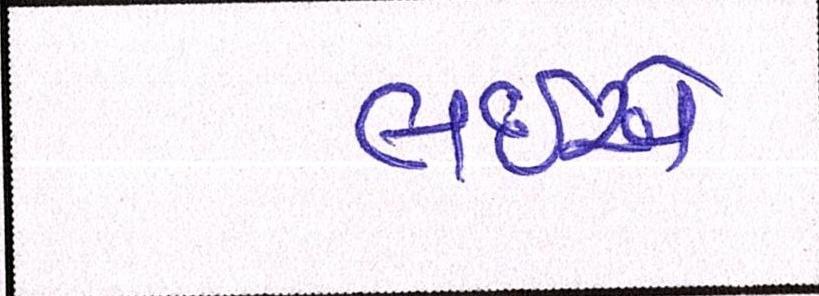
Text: લઇએ